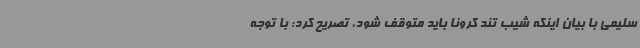
سلیمی با بیان اینکه شیب تند کرونا باید متوقف شود، تصریح کرد: با توجه